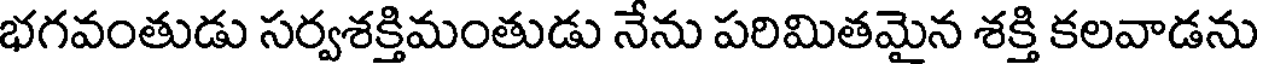
భగవంతుడు సర్వశక్తిమంతుడు నేను పరిమితమైన శక్తి కలవాడను